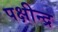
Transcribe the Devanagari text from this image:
पक्षीन्द्र